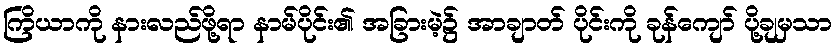
ကြိယာကို နားလည်ဖို့ရာ နာမ်ပိုင်း၏ အခြားမဲ့၌ အာချာတ် ပိုင်းကို ခုန်ကျော် ပို့ချမှသာ